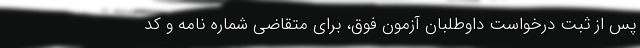
پس از ثبت درخواست داوطلبان آزمون فوق، برای متقاضی شماره نامه و کد